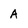
Character: A